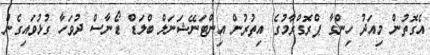
އެގޮތުން މިއަދު ހިންގާ ޕްރޮގްރާމުގެ އިތުރުން އިންޓަނޭޝަނަލް ބްލަޑް ޑޯނާސް ދުވަހާ ގުޅުވައިގެން